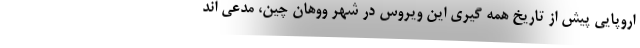
اروپایی پیش از تاریخ همه گیری این ویروس در شهر ووهان چین، مدعی اند